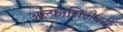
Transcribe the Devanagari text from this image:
अल्फासिलैबरी